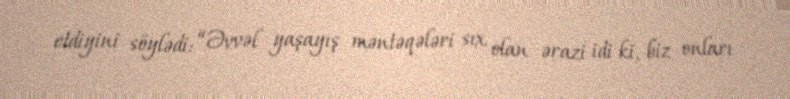
etdiyini söylədi: “Əvvəl yaşayış məntəqələri sıx olan ərazi idi ki, biz onları